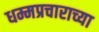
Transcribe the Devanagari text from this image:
धम्मप्रचाराच्या